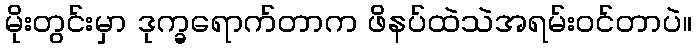
မိုးတွင်းမှာ ဒုက္ခရောက်တာက ဖိနပ်ထဲသဲအရမ်းဝင်တာပဲ။